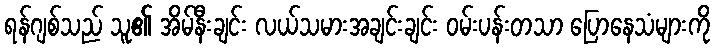
ရန်ဂျစ်သည် သူ၏ အိမ်နီးချင်း လယ်သမားအချင်းချင်း ဝမ်းပန်းတသာ ပြောနေသံများကို